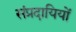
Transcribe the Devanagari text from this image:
संप्रदायियों